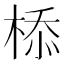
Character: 㮇